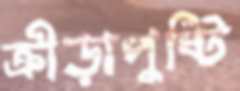
ক্রীড়াপুষ্টি